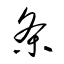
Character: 条